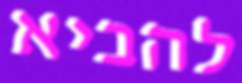
להביא